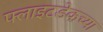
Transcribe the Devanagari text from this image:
फ्लाइटडेकच्या